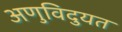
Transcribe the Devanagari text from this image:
अणुविदुयत